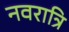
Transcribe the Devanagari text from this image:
नवरात्रि